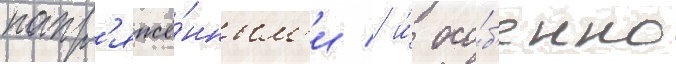
напр'яжё́нным'и / и́ осо́б'енно